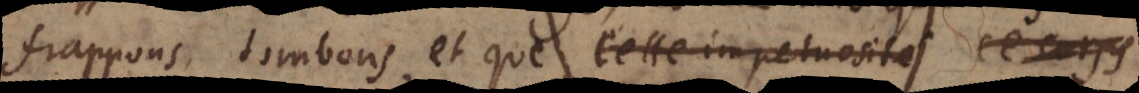
frappons, tombons, et que cette impetuoisité ce corps